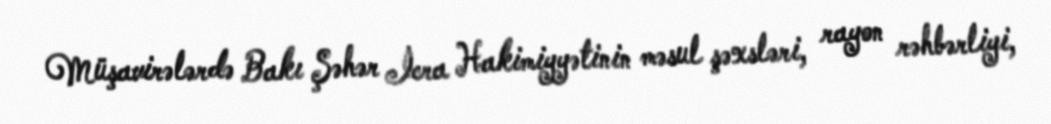
Müşavirələrdə Bakı Şəhər İcra Hakimiyyətinin məsul şəxsləri, rayon rəhbərliyi,